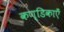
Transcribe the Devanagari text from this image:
कण्डिकाएँ